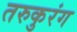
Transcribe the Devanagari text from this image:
तरुकुरंग